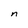
Character: n